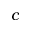
c